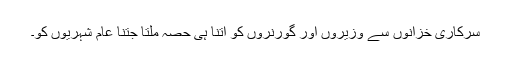
سرکاری خزانوں سے وزیروں اور گورنروں کو اتنا ہی حصہ ملتا جتنا عام شہریوں کو۔